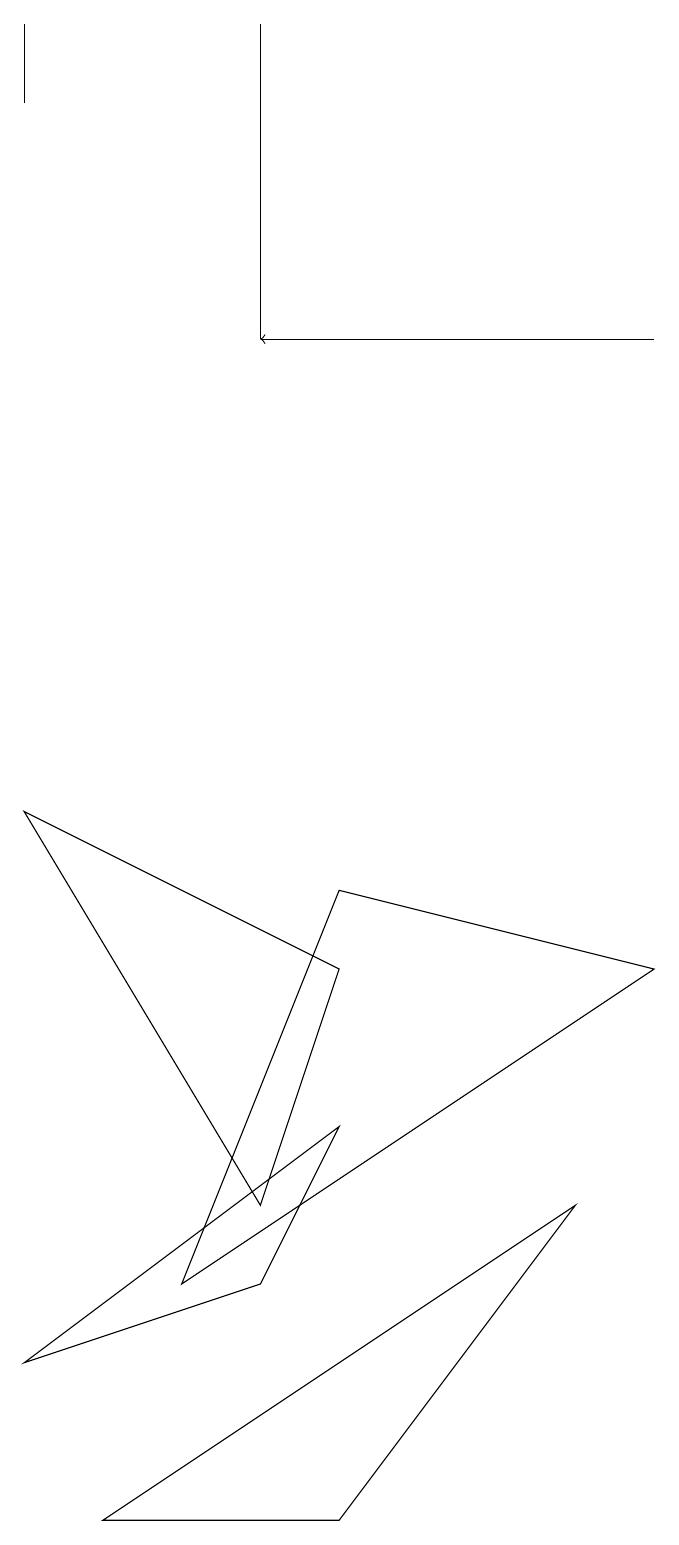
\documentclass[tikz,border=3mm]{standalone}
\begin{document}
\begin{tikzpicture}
\draw (3,15) rectangle (3,19);
\draw (0,9) -- (4,7) -- (3,4) -- cycle;
\draw (1,0) -- (7,4) -- (4,0) -- cycle;
\draw (4,8) -- (2,3) -- (8,7) -- cycle;
\draw (0,2) -- (4,5) -- (3,3) -- cycle;
\draw (0,18) rectangle (0,19);
\draw[->] (8,15) -- (3,15);
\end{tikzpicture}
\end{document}